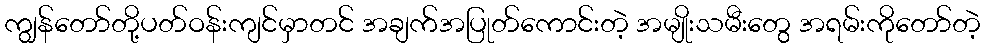
ကျွန်တော်တို့ပတ်ဝန်းကျင်မှာတင် အချက်အပြုတ်ကောင်းတဲ့ အမျိုးသမီးတွေ အရမ်းကိုတော်တဲ့